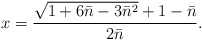
\begin{align*}x={\sqrt{1+6\bar n-3\bar n^2}+1-\bar n\over 2\bar n}.\end{align*}